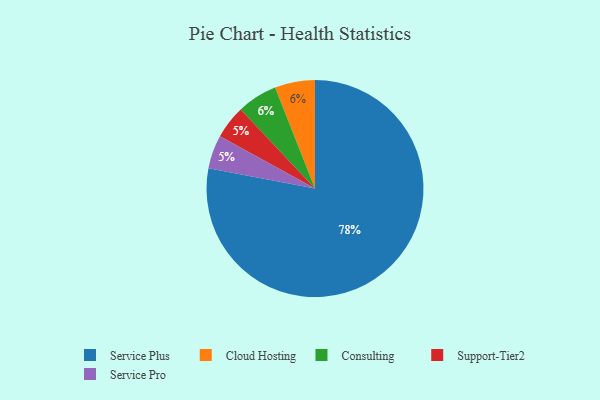
{"axis": {"x": "Category", "y": "Percentage"}, "legend": ["Cloud Hosting", "Consulting", "Service Plus", "Service Pro", "Support-Tier2"], "data": [{"x": "Cloud Hosting", "y": 6, "type": "Cloud Hosting"}, {"x": "Support-Tier2", "y": 5, "type": "Support-Tier2"}, {"x": "Consulting", "y": 6, "type": "Consulting"}, {"x": "Service Plus", "y": 78, "type": "Service Plus"}, {"x": "Service Pro", "y": 5, "type": "Service Pro"}]}